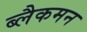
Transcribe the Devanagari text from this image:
ब्लैकमन